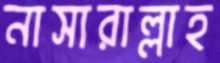
নাসারাল্লাহ